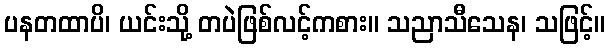
ပနတထာပိ၊ ယင်းသို့ တပဲဖြစ်လင့်ကစား။ သညာသီသေန၊ သဖြင့်။